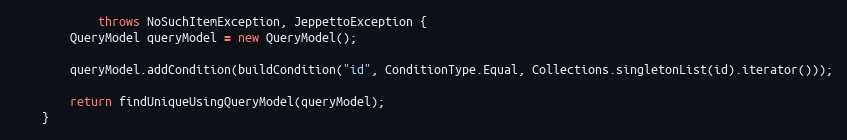
Language: Java
            throws NoSuchItemException, JeppettoException {
        QueryModel queryModel = new QueryModel();

        queryModel.addCondition(buildCondition("id", ConditionType.Equal, Collections.singletonList(id).iterator()));

        return findUniqueUsingQueryModel(queryModel);
    }